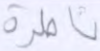
ناظرة